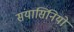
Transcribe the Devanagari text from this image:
संयासिनियों